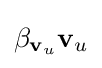
\beta _{\mathbf {v} _{u}}\mathbf {v} _{u}